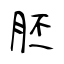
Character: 胚